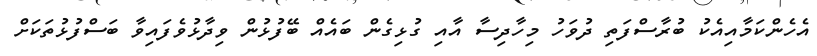
އެހެންކަމާއިއެކު ބުރާސްފަތި ދުވަހު މިހާދިސާ އާއި ގުޅިގެން ބައެއް ބޭފުޅުން ވިދާޅުވެފައިވާ ބަސްފުޅުތަކަށް